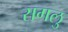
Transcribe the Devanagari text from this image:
सगलु